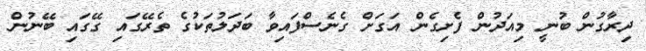
ދިރާގުން ބުނީ މިއަދުން ފެށިގެން އަގަށް ގެނެސްފައިވާ ބަދަލުތަކުގެ ތެރޭގައި ގޭގައި ބޭނުން